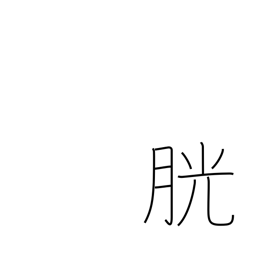
Meaning: bladder